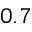
0 . 7